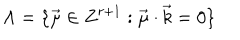
\Lambda = \{ \overrightarrow { \mu } \in Z ^ { r + 1 } : \overrightarrow { \mu } \cdot \overrightarrow { k } = 0 \}